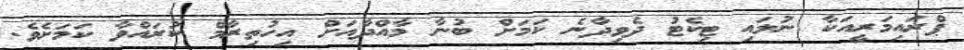
ޕްރައިމަރީއަކާ ނުލައި ޓިކެޓު ދެވިދާނެ ކަމަށް ބުނާ މާއްދާއަށް އިހުތިރާމް ކުރައްވާ ކަަމަށެވެ.